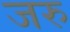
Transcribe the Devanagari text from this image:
जरु